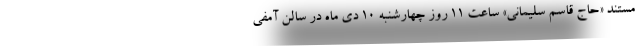
مستند «حاج قاسم سلیمانی» ساعت 11 روز چهارشنبه 10 دی ماه در سالن آمفی